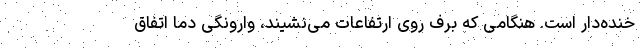
خنده‌دار است. هنگامی که برف روی ارتفاعات می‌نشیند، وارونگی دما اتفاق